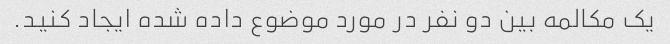
یک مکالمه بین دو نفر در مورد موضوع داده شده ایجاد کنید.